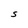
Character: S